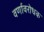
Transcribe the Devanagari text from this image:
वर्णावरोधक